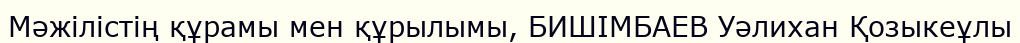
Мәжілістің құрамы мен құрылымы, БИШІМБАЕВ Уәлихан Қозыкеұлы